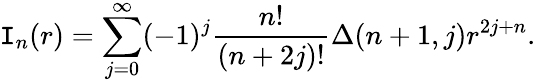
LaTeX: \mathtt{I}_{n}(r)=\sum_{j=0}^{\infty}(-1)^{j}\frac{{n!}}{{(n+2j)!}}\Delta(n+1,j)r^{2j+n}.